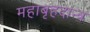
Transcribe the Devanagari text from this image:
महाबृहदान्त्र